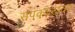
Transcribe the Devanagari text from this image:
सपकाळांवर